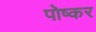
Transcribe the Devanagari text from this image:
पोष्कर